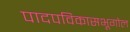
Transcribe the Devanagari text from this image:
पादपविकासभूगोल